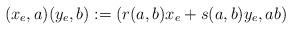
LaTeX: \begin{align*}(x_e,a)(y_e,b) :=(r(a,b)x_e + s(a,b)y_e, ab)\end{align*}